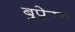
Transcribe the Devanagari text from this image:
बुप्लेरम